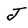
Character: J